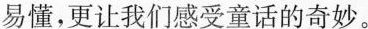
易懂，更让我们感受童话的奇妙。